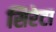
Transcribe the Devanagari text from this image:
सिरेटा